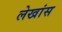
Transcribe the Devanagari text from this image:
लेखांस